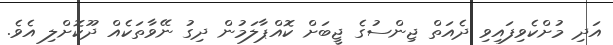
އަދި މުށްކެވިފައިވި ދެއަތް ޖިންސުގެ ޖީބަށް ކޮއްޕާލަމުން ދިގު ނޭވާތަކެއް ދޫކޮށްލި އެވެ.